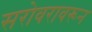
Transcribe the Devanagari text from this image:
सरोवरावरून